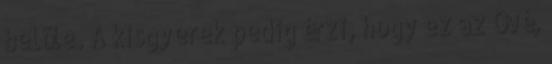
belõle. A kisgyerek pedig érzi, hogy ez az Övé,